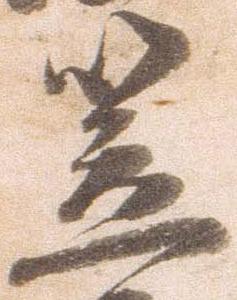
笠